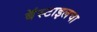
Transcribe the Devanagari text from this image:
बॅस्टाइलचा